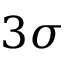
3 \sigma